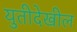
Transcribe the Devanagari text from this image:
युतीदेखील